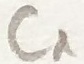
Text: C1